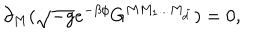
\partial _ { M } ( \sqrt { - g } e ^ { - \beta \phi } G ^ { M M _ { 1 } . . . M _ { { \tilde { d } } } } ) = 0 ,